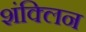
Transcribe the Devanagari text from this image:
शंक्लिन